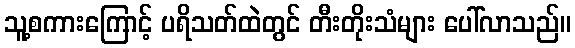
သူ့စကားကြောင့် ပရိသတ်ထဲတွင် တီးတိုးသံများ ပေါ်လာသည်။